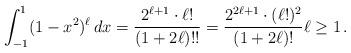
LaTeX: \begin{align*}\int_{-1}^1 (1-x^2)^\ell\,dx = \frac{2^{\ell+1} \cdot \ell!} {(1+2\ell)!!} = \frac{2^{2\ell+1}\cdot (\ell!)^2} {(1+2\ell)!} \ell\ge 1\,. \end{align*}